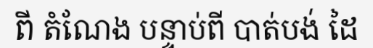
ពី តំណែង បន្ទាប់ពី បាត់បង់ ដៃ